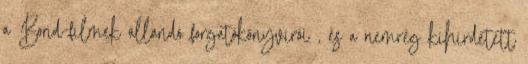
a Bond-filmek állandó forgatókönyvírói , és a nemrég kihirdetett